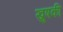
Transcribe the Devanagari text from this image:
ख़ुषकी